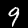
Digit: 9